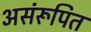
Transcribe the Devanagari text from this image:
असंरूपित